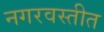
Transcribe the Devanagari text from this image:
नगरवस्तीत